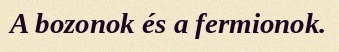
A bozonok és a fermionok.